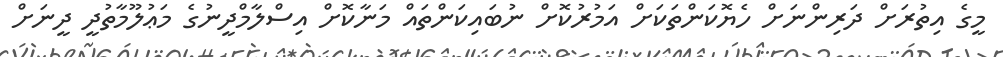
މީގެ އިތުރަށް ދަރިންނަށް ހެޔޮކަންތަކަށް އަމުރުކޮށް ނުބައިކަންތައް މަނާކޮށް އިސްލާމްދީނުގެ މަޢުލޫމާތުދީ ދީނަށް